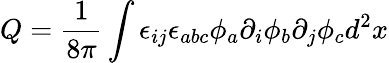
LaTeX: Q=\frac{1}{8\pi}\int\epsilon_{ij}\epsilon_{abc}\phi_{a}\partial_{i}\phi_{b}\partial_{j}\phi_{c}d^{2}x